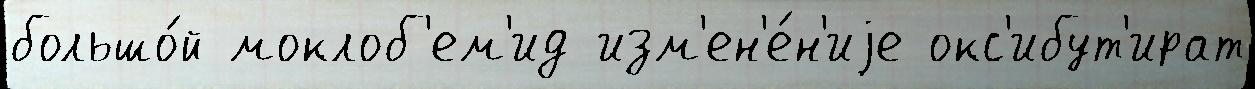
большо́й моклоб'ем'ид изм'ен'е́н'иjе окс'ибут'ират